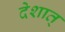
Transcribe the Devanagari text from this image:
देशात्